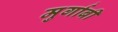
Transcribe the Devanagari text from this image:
मुर्गाबी